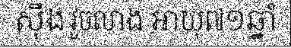
ស៊ឹង វួចលាង អាយុ៧១ឆ្នាំ